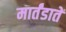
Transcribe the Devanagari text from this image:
मार्तंडातें